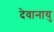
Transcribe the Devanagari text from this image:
देवानायु